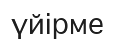
үйірме